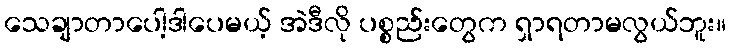
သေချာတာပေါ့ဒါပေမယ့် အဲဒီလို ပစ္စည်းတွေက ရှာရတာမလွယ်ဘူး။